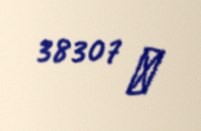
38307 ₼